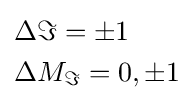
{\begin{aligned}&\Delta \Im =\pm 1\\&\Delta {{M}_{\Im }}=0,\pm 1\\\end{aligned}}